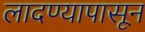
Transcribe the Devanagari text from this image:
लादण्यापासून